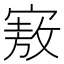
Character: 𪧜